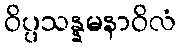
ဝိပ္ပသန္နမနာဝိလံ